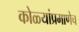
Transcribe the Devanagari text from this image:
कोळ्यांप्रमाणेच